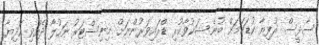
ސާޅީސް ރުފިޔާ ކުޑަކަމަށް ބުނެ ޝަކުވާކުރި ޑްރައިވަރުންނަށް މިނިސްޓަރު ނަހުލާ ދެއްވި ހަދިޔާ